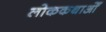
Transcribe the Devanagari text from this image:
लोककथाओँ